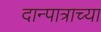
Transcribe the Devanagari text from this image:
दान्पात्राच्या